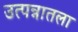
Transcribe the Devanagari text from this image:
उत्पन्नातला